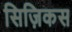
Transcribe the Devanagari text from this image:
सिज़िकस